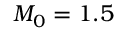
M _ { 0 } = 1 . 5